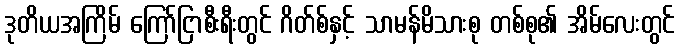
ဒုတိယအကြိမ် ကြော်ငြာစီးရီးတွင် ဂိတ်စ်နှင့် သာမန်မိသားစု တစ်စု၏ အိမ်လေးတွင်